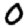
Digit: 0